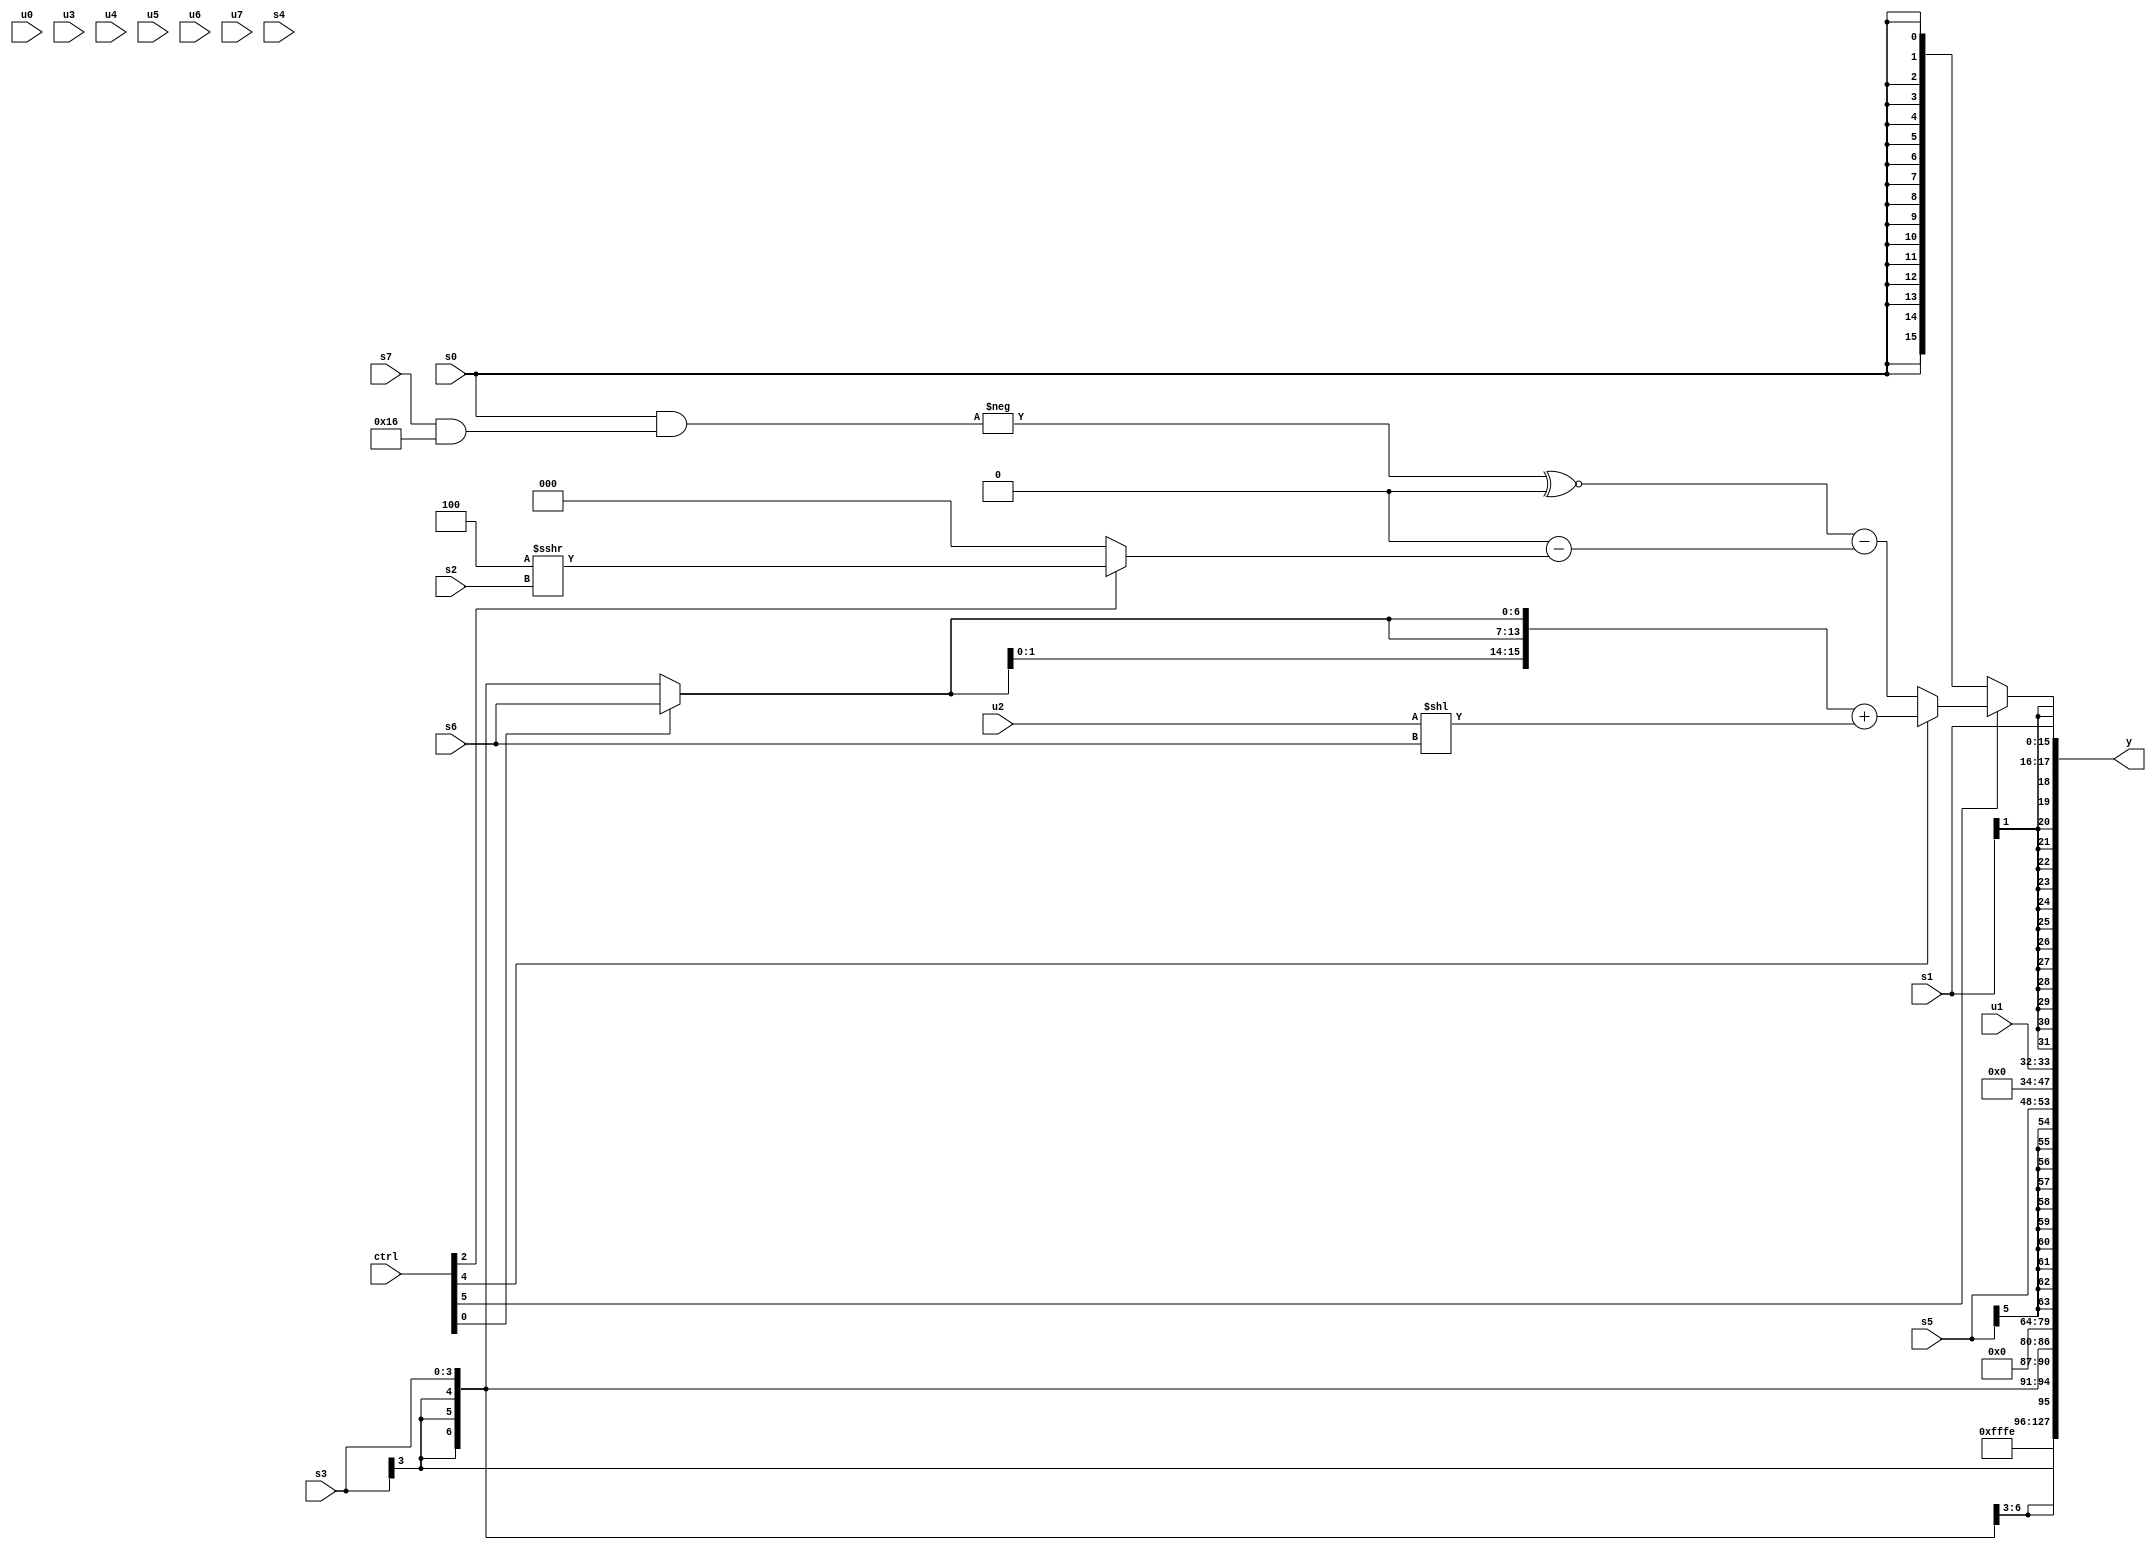
module wideexpr_00895(ctrl, u0, u1, u2, u3, u4, u5, u6, u7, s0, s1, s2, s3, s4, s5, s6, s7, y);
  input [7:0] ctrl;
  input [0:0] u0;
  input [1:0] u1;
  input [2:0] u2;
  input [3:0] u3;
  input [4:0] u4;
  input [5:0] u5;
  input [6:0] u6;
  input [7:0] u7;
  input signed [0:0] s0;
  input signed [1:0] s1;
  input signed [2:0] s2;
  input signed [3:0] s3;
  input signed [4:0] s4;
  input signed [5:0] s5;
  input signed [6:0] s6;
  input signed [7:0] s7;
  output [127:0] y;
  wire [15:0] y0;
  wire [15:0] y1;
  wire [15:0] y2;
  wire [15:0] y3;
  wire [15:0] y4;
  wire [15:0] y5;
  wire [15:0] y6;
  wire [15:0] y7;
  assign y = {y0,y1,y2,y3,y4,y5,y6,y7};
  assign y0 = ~|(-(1'sb1));
  assign y1 = -(3'b010);
  assign y2 = s3;
  assign y3 = 5'sb00000;
  assign y4 = s5;
  assign y5 = u1;
  assign y6 = s1;
  assign y7 = (ctrl[5]?(ctrl[4]?($signed({3{(ctrl[0]?+(s6):s3)}}))+(($signed(u2))<<($unsigned(s6))):((-((s0)&((s7)&(6'sb010110))))^~(1'sb0))-($signed(($signed({1{3'b000}}))-((ctrl[2]?(3'sb100)>>>(s2):(2'sb10)<<<(6'sb010111)))))):($signed($signed($signed(s0))))>>>(5'sb10010));
endmodule